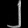
Digit: ၂